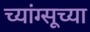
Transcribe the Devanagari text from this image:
च्यांग्सूच्या